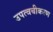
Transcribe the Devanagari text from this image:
उपत्वचीकरण